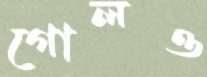
গোলও